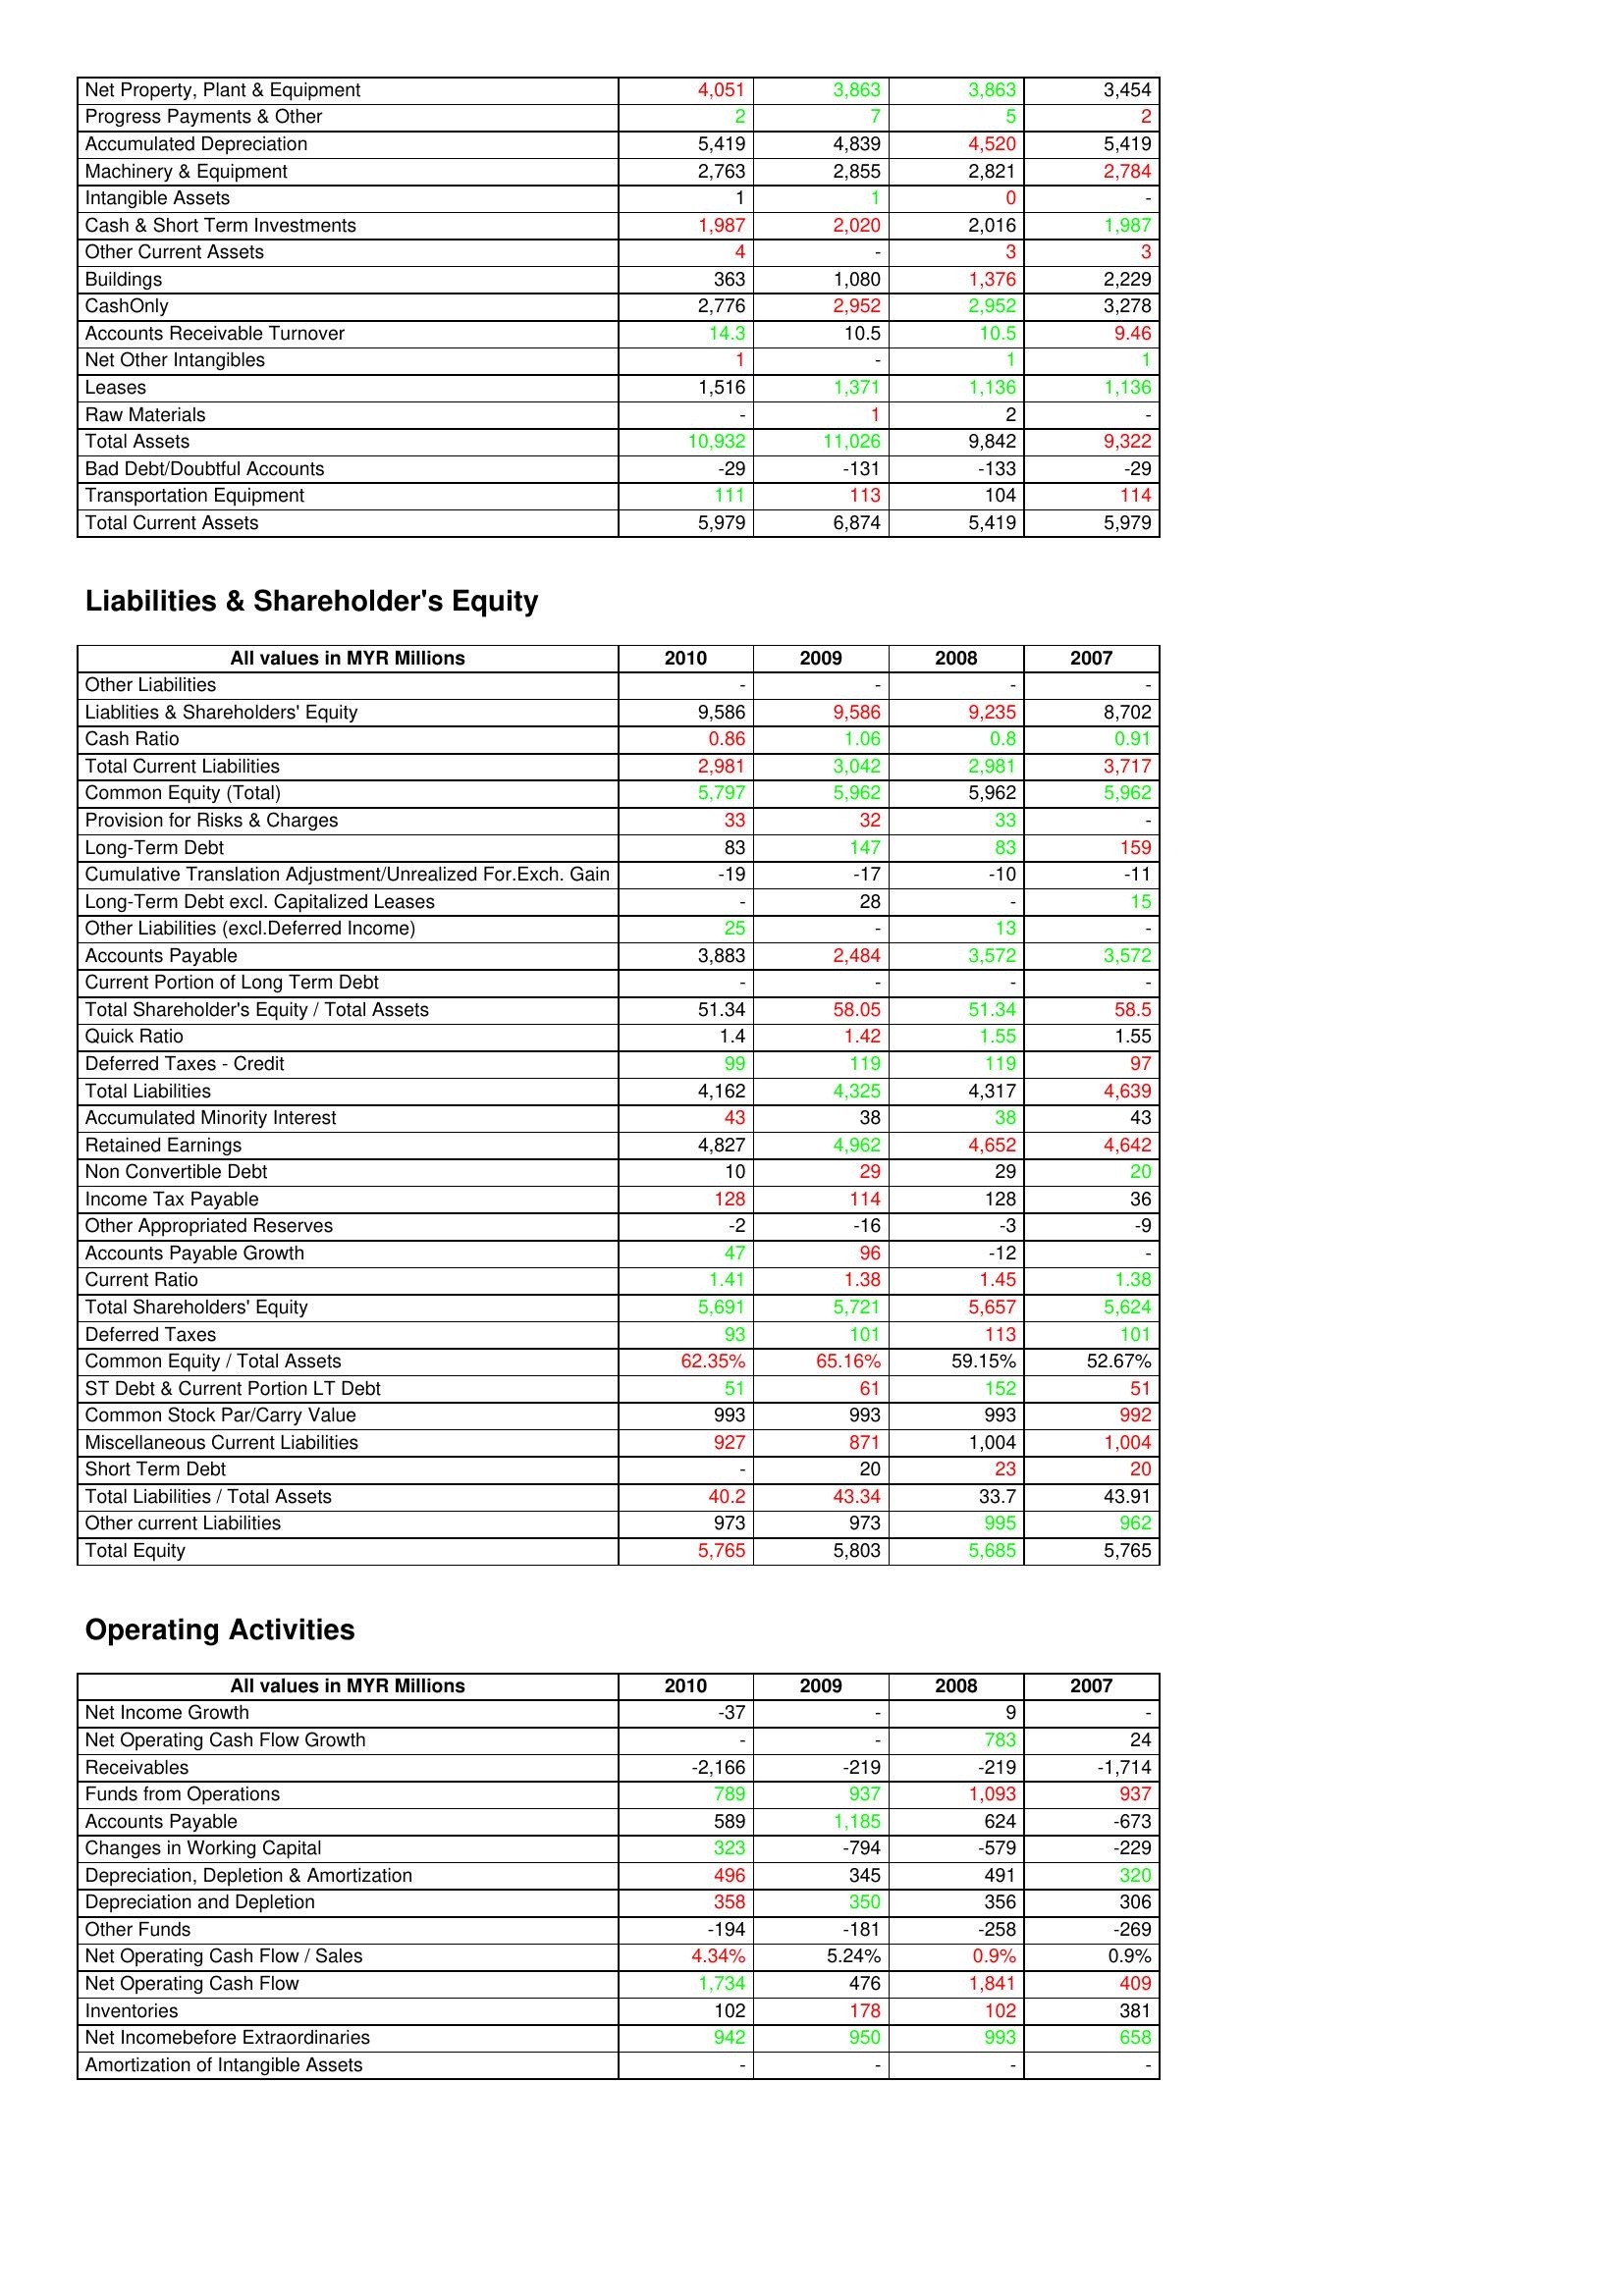
gt_parse: 2010: Assets: Net Property, Plant & Equipment: 4,051
Progress Payments & Other: 2
Accumulated Depreciation: 5,419
Machinery & Equipment: 2,763
Intangible Assets: 1
Cash & Short Term Investments: 1,987
Other Current Assets: 4
Buildings: 363
CashOnly: 2,776
Accounts Receivable Turnover: 14.3
Net Other Intangibles: 1
Leases: 1,516
Raw Materials: -
Total Assets: 10,932
Bad Debt/Doubtful Accounts: -29
Transportation Equipment: 111
Total Current Assets: 5,979
Liabilities & Shareholder's Equity: Other Liabilities: -
Liablities & Shareholders' Equity: 9,586
Cash Ratio: 0.86
Total Current Liabilities: 2,981
Common Equity (Total): 5,797
Provision for Risks & Charges: 33
Long-Term Debt: 83
Cumulative Translation Adjustment/Unrealized For.Exch. Gain: -19
Long-Term Debt excl. Capitalized Leases: -
Other Liabilities (excl.Deferred Income): 25
Accounts Payable: 3,883
Current Portion of Long Term Debt: -
Total Shareholder's Equity / Total Assets: 51.34
Quick Ratio: 1.4
Deferred Taxes - Credit: 99
Total Liabilities: 4,162
Accumulated Minority Interest: 43
Retained Earnings: 4,827
Non Convertible Debt: 10
Income Tax Payable: 128
Other Appropriated Reserves: -2
Accounts Payable Growth: 47
Current Ratio: 1.41
Total Shareholders' Equity: 5,691
Deferred Taxes: 93
Common Equity / Total Assets: 62.35%
ST Debt & Current Portion LT Debt: 51
Common Stock Par/Carry Value: 993
Miscellaneous Current Liabilities: 927
Short Term Debt: -
Total Liabilities / Total Assets: 40.2
Other current Liabilities: 973
Total Equity: 5,765
Operating Activities: Net Income Growth: -37
Net Operating Cash Flow Growth: -
Receivables: -2,166
Funds from Operations: 789
Accounts Payable: 589
Changes in Working Capital: 323
Depreciation, Depletion & Amortization: 496
Depreciation and Depletion: 358
Other Funds: -194
Net Operating Cash Flow / Sales: 4.34%
Net Operating Cash Flow: 1,734
Inventories: 102
Net Incomebefore Extraordinaries: 942
Amortization of Intangible Assets: -
2009: Assets: Net Property, Plant & Equipment: 3,863
Progress Payments & Other: 7
Accumulated Depreciation: 4,839
Machinery & Equipment: 2,855
Intangible Assets: 1
Cash & Short Term Investments: 2,020
Other Current Assets: -
Buildings: 1,080
CashOnly: 2,952
Accounts Receivable Turnover: 10.5
Net Other Intangibles: -
Leases: 1,371
Raw Materials: 1
Total Assets: 11,026
Bad Debt/Doubtful Accounts: -131
Transportation Equipment: 113
Total Current Assets: 6,874
Liabilities & Shareholder's Equity: Other Liabilities: -
Liablities & Shareholders' Equity: 9,586
Cash Ratio: 1.06
Total Current Liabilities: 3,042
Common Equity (Total): 5,962
Provision for Risks & Charges: 32
Long-Term Debt: 147
Cumulative Translation Adjustment/Unrealized For.Exch. Gain: -17
Long-Term Debt excl. Capitalized Leases: 28
Other Liabilities (excl.Deferred Income): -
Accounts Payable: 2,484
Current Portion of Long Term Debt: -
Total Shareholder's Equity / Total Assets: 58.05
Quick Ratio: 1.42
Deferred Taxes - Credit: 119
Total Liabilities: 4,325
Accumulated Minority Interest: 38
Retained Earnings: 4,962
Non Convertible Debt: 29
Income Tax Payable: 114
Other Appropriated Reserves: -16
Accounts Payable Growth: 96
Current Ratio: 1.38
Total Shareholders' Equity: 5,721
Deferred Taxes: 101
Common Equity / Total Assets: 65.16%
ST Debt & Current Portion LT Debt: 61
Common Stock Par/Carry Value: 993
Miscellaneous Current Liabilities: 871
Short Term Debt: 20
Total Liabilities / Total Assets: 43.34
Other current Liabilities: 973
Total Equity: 5,803
Operating Activities: Net Income Growth: -
Net Operating Cash Flow Growth: -
Receivables: -219
Funds from Operations: 937
Accounts Payable: 1,185
Changes in Working Capital: -794
Depreciation, Depletion & Amortization: 345
Depreciation and Depletion: 350
Other Funds: -181
Net Operating Cash Flow / Sales: 5.24%
Net Operating Cash Flow: 476
Inventories: 178
Net Incomebefore Extraordinaries: 950
Amortization of Intangible Assets: -
2008: Assets: Net Property, Plant & Equipment: 3,863
Progress Payments & Other: 5
Accumulated Depreciation: 4,520
Machinery & Equipment: 2,821
Intangible Assets: 0
Cash & Short Term Investments: 2,016
Other Current Assets: 3
Buildings: 1,376
CashOnly: 2,952
Accounts Receivable Turnover: 10.5
Net Other Intangibles: 1
Leases: 1,136
Raw Materials: 2
Total Assets: 9,842
Bad Debt/Doubtful Accounts: -133
Transportation Equipment: 104
Total Current Assets: 5,419
Liabilities & Shareholder's Equity: Other Liabilities: -
Liablities & Shareholders' Equity: 9,235
Cash Ratio: 0.8
Total Current Liabilities: 2,981
Common Equity (Total): 5,962
Provision for Risks & Charges: 33
Long-Term Debt: 83
Cumulative Translation Adjustment/Unrealized For.Exch. Gain: -10
Long-Term Debt excl. Capitalized Leases: -
Other Liabilities (excl.Deferred Income): 13
Accounts Payable: 3,572
Current Portion of Long Term Debt: -
Total Shareholder's Equity / Total Assets: 51.34
Quick Ratio: 1.55
Deferred Taxes - Credit: 119
Total Liabilities: 4,317
Accumulated Minority Interest: 38
Retained Earnings: 4,652
Non Convertible Debt: 29
Income Tax Payable: 128
Other Appropriated Reserves: -3
Accounts Payable Growth: -12
Current Ratio: 1.45
Total Shareholders' Equity: 5,657
Deferred Taxes: 113
Common Equity / Total Assets: 59.15%
ST Debt & Current Portion LT Debt: 152
Common Stock Par/Carry Value: 993
Miscellaneous Current Liabilities: 1,004
Short Term Debt: 23
Total Liabilities / Total Assets: 33.7
Other current Liabilities: 995
Total Equity: 5,685
Operating Activities: Net Income Growth: 9
Net Operating Cash Flow Growth: 783
Receivables: -219
Funds from Operations: 1,093
Accounts Payable: 624
Changes in Working Capital: -579
Depreciation, Depletion & Amortization: 491
Depreciation and Depletion: 356
Other Funds: -258
Net Operating Cash Flow / Sales: 0.9%
Net Operating Cash Flow: 1,841
Inventories: 102
Net Incomebefore Extraordinaries: 993
Amortization of Intangible Assets: -
2007: Assets: Net Property, Plant & Equipment: 3,454
Progress Payments & Other: 2
Accumulated Depreciation: 5,419
Machinery & Equipment: 2,784
Intangible Assets: -
Cash & Short Term Investments: 1,987
Other Current Assets: 3
Buildings: 2,229
CashOnly: 3,278
Accounts Receivable Turnover: 9.46
Net Other Intangibles: 1
Leases: 1,136
Raw Materials: -
Total Assets: 9,322
Bad Debt/Doubtful Accounts: -29
Transportation Equipment: 114
Total Current Assets: 5,979
Liabilities & Shareholder's Equity: Other Liabilities: -
Liablities & Shareholders' Equity: 8,702
Cash Ratio: 0.91
Total Current Liabilities: 3,717
Common Equity (Total): 5,962
Provision for Risks & Charges: -
Long-Term Debt: 159
Cumulative Translation Adjustment/Unrealized For.Exch. Gain: -11
Long-Term Debt excl. Capitalized Leases: 15
Other Liabilities (excl.Deferred Income): -
Accounts Payable: 3,572
Current Portion of Long Term Debt: -
Total Shareholder's Equity / Total Assets: 58.5
Quick Ratio: 1.55
Deferred Taxes - Credit: 97
Total Liabilities: 4,639
Accumulated Minority Interest: 43
Retained Earnings: 4,642
Non Convertible Debt: 20
Income Tax Payable: 36
Other Appropriated Reserves: -9
Accounts Payable Growth: -
Current Ratio: 1.38
Total Shareholders' Equity: 5,624
Deferred Taxes: 101
Common Equity / Total Assets: 52.67%
ST Debt & Current Portion LT Debt: 51
Common Stock Par/Carry Value: 992
Miscellaneous Current Liabilities: 1,004
Short Term Debt: 20
Total Liabilities / Total Assets: 43.91
Other current Liabilities: 962
Total Equity: 5,765
Operating Activities: Net Income Growth: -
Net Operating Cash Flow Growth: 24
Receivables: -1,714
Funds from Operations: 937
Accounts Payable: -673
Changes in Working Capital: -229
Depreciation, Depletion & Amortization: 320
Depreciation and Depletion: 306
Other Funds: -269
Net Operating Cash Flow / Sales: 0.9%
Net Operating Cash Flow: 409
Inventories: 381
Net Incomebefore Extraordinaries: 658
Amortization of Intangible Assets: -